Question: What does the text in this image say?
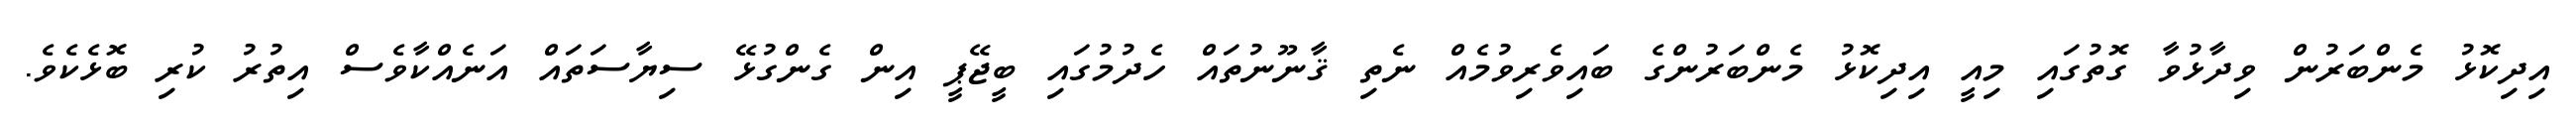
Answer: އިދިކޮޅު މެންބަރުން ވިދާޅުވާ ގޮތުގައި މިއީ އިދިކޮޅު މެންބަރުންގެ ބައިވެރިވުމެއް ނެތި ޤާނޫނުތައް ހެދުމުގައި ބީޖޭޕީ އިން ގެންގުޅޭ ސިޔާސަތައް އަނެއްކާވެސް އިތުރު ކުރި ބޮޅެކެވެ.